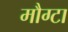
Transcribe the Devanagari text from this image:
मौग्टा